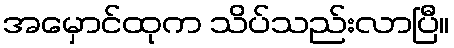
အမှောင်ထုက သိပ်သည်းလာပြီ။